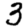
Digit: 3